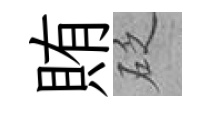
賄砭